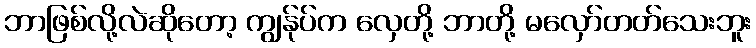
ဘာဖြစ်လို့လဲဆိုတော့ ကျွန်ုပ်က လှေတို့ ဘာတို့ မလှော်တတ်သေးဘူး